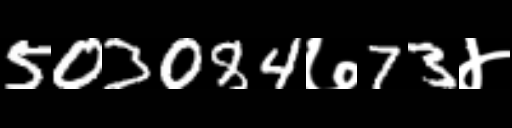
Text: 503084७73४